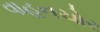
વાહનચોર